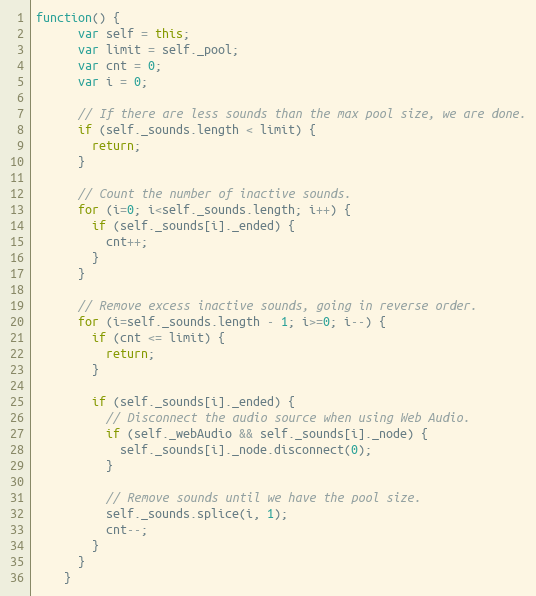
Language: JavaScript
function() {
      var self = this;
      var limit = self._pool;
      var cnt = 0;
      var i = 0;

      // If there are less sounds than the max pool size, we are done.
      if (self._sounds.length < limit) {
        return;
      }

      // Count the number of inactive sounds.
      for (i=0; i<self._sounds.length; i++) {
        if (self._sounds[i]._ended) {
          cnt++;
        }
      }

      // Remove excess inactive sounds, going in reverse order.
      for (i=self._sounds.length - 1; i>=0; i--) {
        if (cnt <= limit) {
          return;
        }

        if (self._sounds[i]._ended) {
          // Disconnect the audio source when using Web Audio.
          if (self._webAudio && self._sounds[i]._node) {
            self._sounds[i]._node.disconnect(0);
          }

          // Remove sounds until we have the pool size.
          self._sounds.splice(i, 1);
          cnt--;
        }
      }
    }